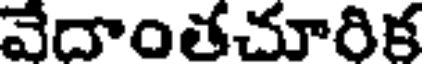
వేదాంతచూరిక